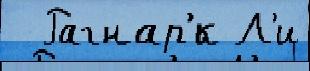
  Рагнар'́к Л'и